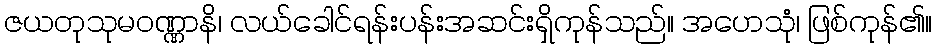
ဇယတုသုမဝဏ္ဏာနိ၊ လယ်ခေါင်ရန်းပန်းအဆင်းရှိကုန်သည်။ အဟေသုံ၊ ဖြစ်ကုန်၏။